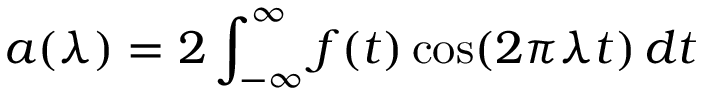
a ( \lambda ) = 2 \int _ { - \infty } ^ { \infty } f ( t ) \cos ( 2 \pi \lambda t ) \, d t